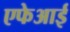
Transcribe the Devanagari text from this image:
एफेआई